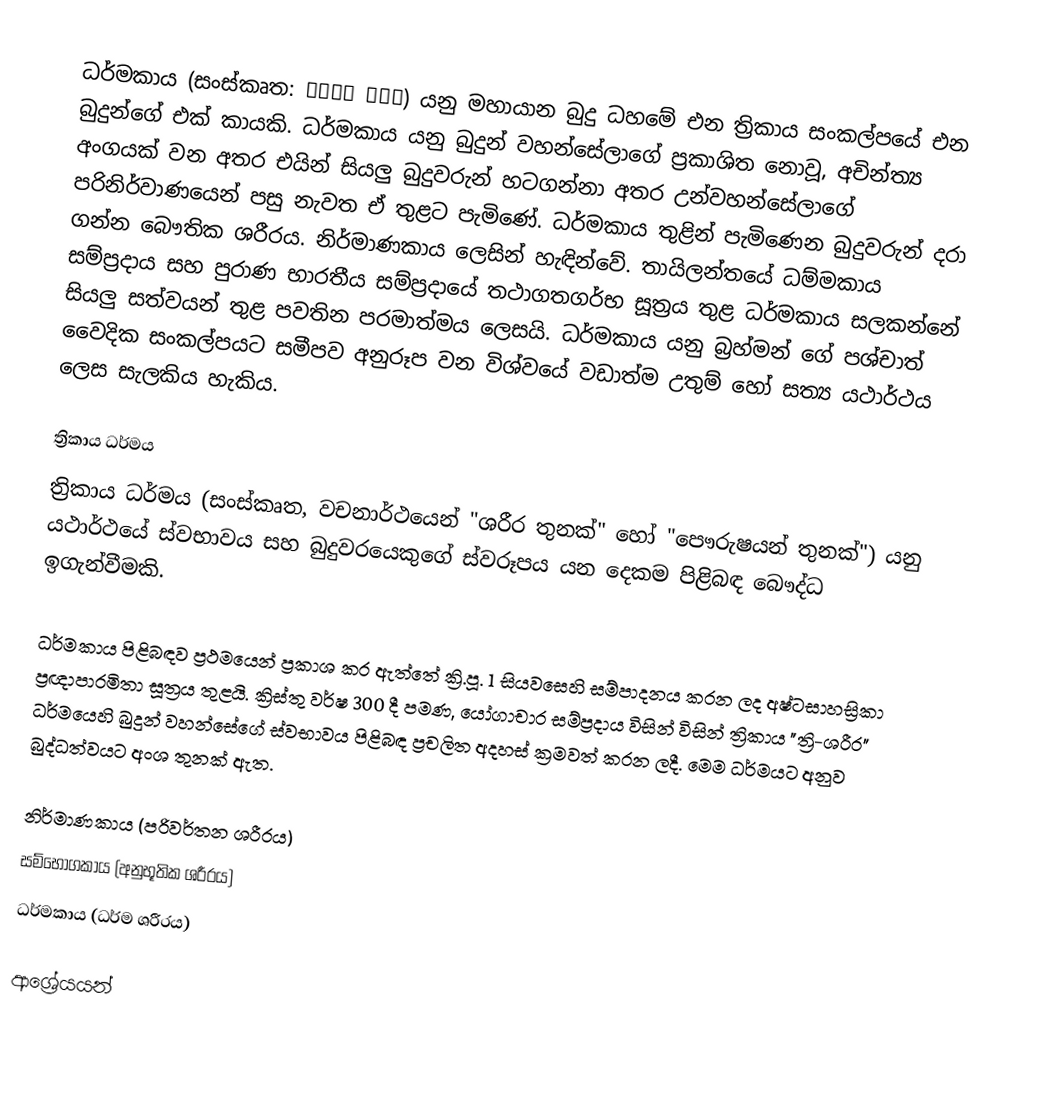
ධර්මකාය (සංස්කෘත: धर्म काय) යනු මහායාන බුදු ධහමේ එන ත්‍රිකාය සංකල්පයේ එන බුදුන්ගේ එක් කායකි. ධර්මකාය යනු බුදුන් වහන්සේලාගේ ප්‍රකාශිත නොවූ, අචින්ත්‍ය අංගයක් වන අතර එයින් සියලු බුදුවරුන් හටගන්නා අතර උන්වහන්සේලාගේ පරිනිර්වාණයෙන් පසු නැවත ඒ තුළට පැමිණේ. ධර්මකාය තුළින් පැමිණෙන බුදුවරුන් දරා ගන්න බෞතික ශරීරය. නිර්මාණකාය ලෙසින් හැඳින්වේ. තායිලන්තයේ ධම්මකාය සම්ප්‍රදාය සහ පුරාණ භාරතීය සම්ප්‍රදායේ තථාගතගර්භ සූත්‍රය තුළ ධර්මකාය සලකන්නේ සියලු සත්වයන් තුළ පවතින පරමාත්මය ලෙසයි. ධර්මකාය යනු බ්‍රහ්මන් ගේ පශ්චාත් වෛදික සංකල්පයට සමීපව අනුරූප වන විශ්වයේ වඩාත්ම උතුම් හෝ සත්‍ය යථාර්ථය ලෙස සැලකිය හැකිය.

ත්‍රිකාය ධර්මය
ත්‍රිකාය ධර්මය (සංස්කෘත, වචනාර්ථයෙන් "ශරීර තුනක්" හෝ "පෞරුෂයන් තුනක්") යනු යථාර්ථයේ ස්වභාවය සහ බුදුවරයෙකුගේ ස්වරූපය යන දෙකම පිළිබඳ බෞද්ධ ඉගැන්වීමකි.

ධර්මකාය පිළිබඳව ප්‍රථමයෙන් ප්‍රකාශ කර ඇත්තේ ක්‍රි.පූ. 1 සියවසෙහි සම්පාදනය කරන ලද අෂ්ටසාහස්‍රිකා ප්‍රඥාපාරමිතා සූත්‍රය තුළයි. ක්‍රිස්තු වර්ෂ 300 දී පමණ, යෝගාචාර සම්ප්‍රදාය විසින් විසින් ත්‍රිකාය "ත්‍රි-ශරීර" ධර්මයෙහි බුදුන් වහන්සේගේ ස්වභාවය පිළිබඳ ප්‍රචලිත අදහස් ක්‍රමවත් කරන ලදී. මෙම ධර්මයට අනුව බුද්ධත්වයට අංශ තුනක් ඇත.

 නිර්මාණකාය (පරිවර්තන ශරීරය)
 සම්භොගකාය (අනුභූතික ශරීරය)
 ධර්මකාය (ධර්ම ශරීරය)

ආශ්‍රේයයන්